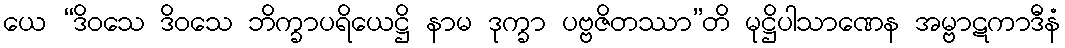
ယေ “ဒိဝသေ ဒိဝသေ ဘိက္ခာပရိယေဋ္ဌိ နာမ ဒုက္ခာ ပဗ္ဗဇိတဿာ”တိ မုဋ္ဌိပါသာဏေန အမ္ဗာဋကာဒီနံ